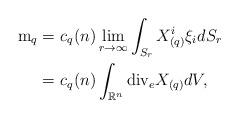
LaTeX: \begin{align*}\mathrm{m}_q = & \ c_q (n) \lim_{r \to \infty} \int_{S_r} X_{(q)}^i\xi_i dS_r \\= & \ c_q(n) \int _{\mathbb{R}^n} \mathrm{div}_e X_{(q)} dV,\end{align*}